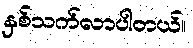
နှစ်သက်လာပါတယ်။